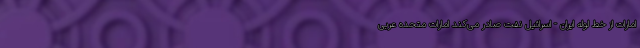
امارات از خط لوله ایران - اسرائیل نفت صادر می‌کند امارات متحده عربی